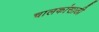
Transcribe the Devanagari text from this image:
चालकांसाठी